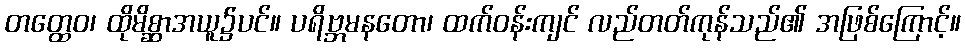
တတ္ထေဝ၊ ထိုမိစ္ဆာအယူ၌ပင်။ ပရိဗ္ဘမနတော၊ ထက်ဝန်းကျင် လည်တတ်ကုန်သည်၏ အဖြစ်ကြောင့်။